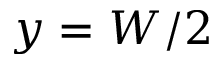
y = W / 2